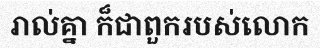
រាល់គ្នា ក៏ជាពួករបស់លោក